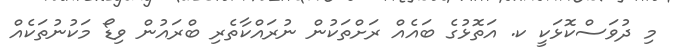
މި ދުވަސްކޮޅަކީ ކ. އަތޮޅުގެ ބައެއް ރަށްތަކުން ނުރައްކާތެރި ބްރައުން ވިޑޯ މަކުނުތަކެއް